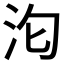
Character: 𭯻